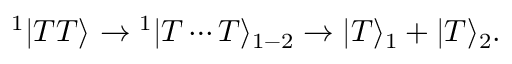
^ 1 | T T \rangle _ { } \rightarrow { ^ 1 } | T \cdots T \rangle _ { 1 - 2 } \rightarrow | T \rangle _ { 1 } + | T \rangle _ { 2 } .